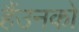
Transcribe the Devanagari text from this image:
हैंउनको